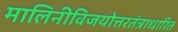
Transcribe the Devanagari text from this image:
मालिनीविजयोत्तरतंत्राधारित